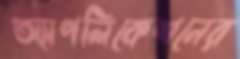
অ্যাপলিকেশনের